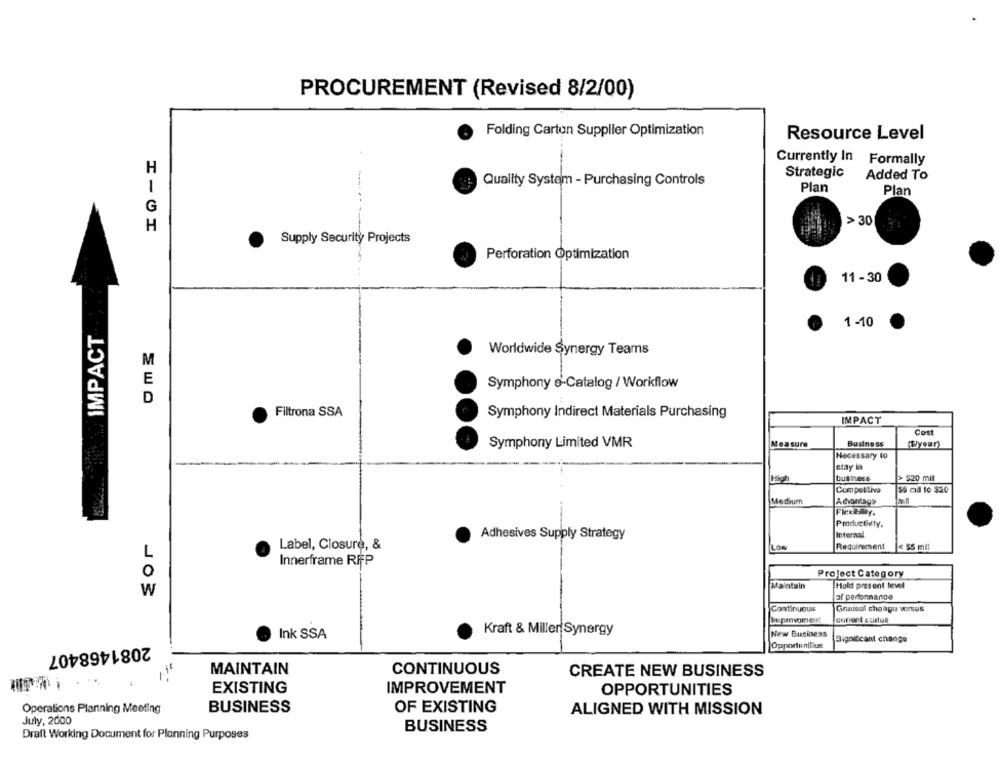
PROCUREMENT (Revised 8/2/00)
Folding Cartun Supplier Optimization
Resource Level
Currently In Formally
H
Strategic
Added To
Quality System - Purchasing Controls
Plan
Plan
G
> 30
H
Supply Security Projects
Perforation Optimization
11 -30
IMPACT
1-10
Worldwide Synergy Teams
M
E
Symphony s-Catalog / Workflow
D
Filtrona SSA
Symphony Indirect Materials Purchasing
IMPACT
Cost
Symphony Limited VMR
Measure
Business
(year)
Necessary to
stay in
High
business
S20 mil
Competitiva
ss ad lo $20
Medium
Advantage
Flexailly.
Productivity,
Adhesives Supply Strategy
Internal
Label, Closure, &
LOW
Requirement
€ $5 mil
L
Innerframe RFP
0
Project Category
Maintain
Hold present level
W
of performance
Continuouns
Granul change versus
LEprovoment
Ink SSA
Kraft & Miller Synergy
New Business
Significant change
2081468407
Opportunities
CONTINUOUS
MAINTAIN
CREATE NEW BUSINESS
EXISTING
IMPROVEMENT
OPPORTUNITIES
Operations Planning Meeting
BUSINESS
OF EXISTING
ALIGNED WITH MISSION
July, 2000
BUSINESS
Draft Working Document for Planning Purposes